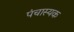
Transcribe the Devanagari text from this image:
पंचास्यक